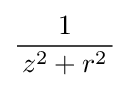
{\frac {1}{\,z^{2}+r^{2}\,}}